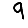
Digit: 9